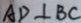
A D \bot B C